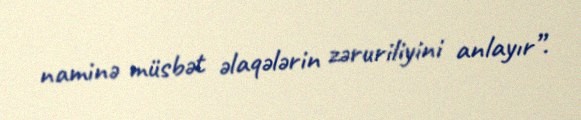
naminə müsbət əlaqələrin zəruriliyini anlayır”.